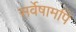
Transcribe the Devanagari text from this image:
सर्वेषामपि